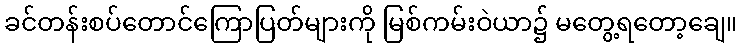
ခင်တန်းစပ်တောင်ကြောပြတ်များကို မြစ်ကမ်းဝဲယာ၌ မတွေ့ရတော့ချေ။